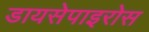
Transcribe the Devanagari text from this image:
डायसेपाइरोस